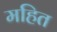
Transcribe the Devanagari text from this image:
महित